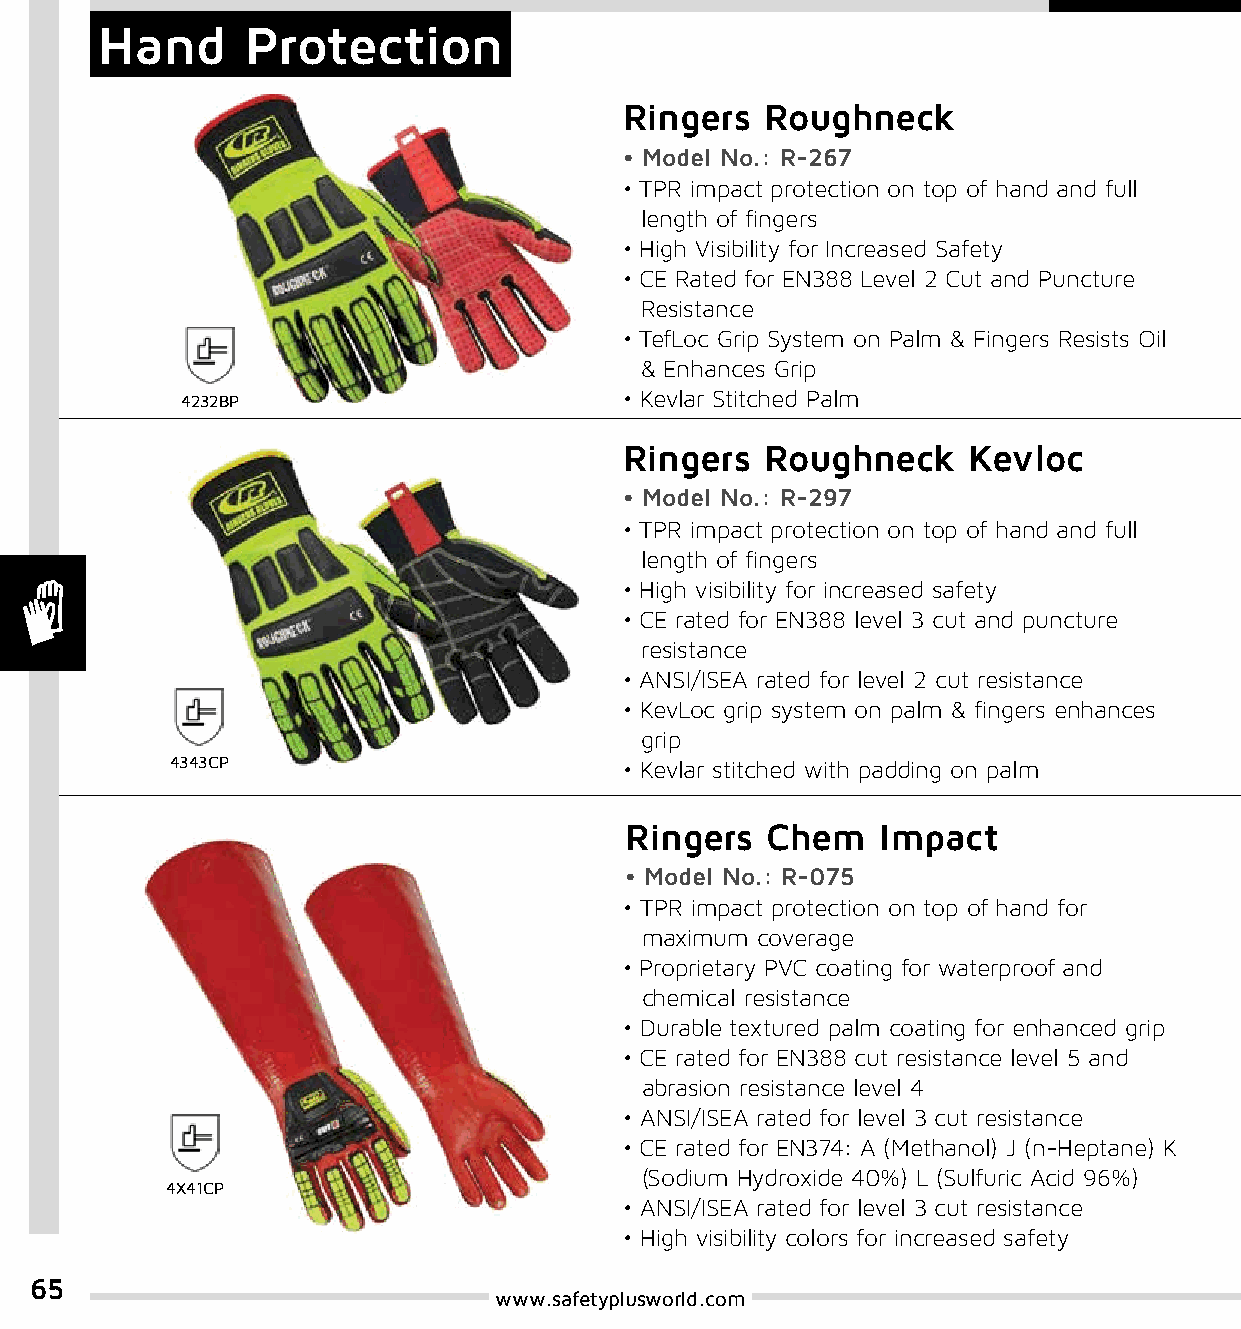
Hand      Protection
 Ringers   Roughneck
 • Model No.: R-267
 • TPR impact protection on top of hand and full
 length of fingers
 • High Visibility for Increased Safety
 • CE Rated for EN388 Level 2 Cut and Puncture
 Resistance
 • TefLoc Grip System on Palm & Fingers Resists Oil
 & Enhances Grip
 • Kevlar Stitched Palm
 4232BP
 Ringers   Roughneck    Kevloc
 • Model No.: R-297
 • TPR impact protection on top of hand and full
 length of fingers
 • High visibility for increased safety
 • CE rated for EN388 level 3 cut and puncture
 resistance
 • ANSI/ISEA rated for level 2 cut resistance
 • KevLoc grip system on palm & fingers enhances
 grip
 4343CP                        • Kevlar stitched with padding on palm
 Ringers   Chem   Impact
 • Model No.: R-075
 • TPR impact protection on top of hand for
 maximum coverage
 • Proprietary PVC coating for waterproof and
 chemical resistance
 • Durable textured palm coating for enhanced grip
 • CE rated for EN388 cut resistance level 5 and
 abrasion resistance level 4
 • ANSI/ISEA rated for level 3 cut resistance
 • CE rated for EN374: A (Methanol) J (n-Heptane) K
 (Sodium Hydroxide 40%) L (Sulfuric Acid 96%)
 4X41CP
 • ANSI/ISEA rated for level 3 cut resistance
 • High visibility colors for increased safety
 65
 www.safetyplusworld.com